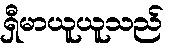
ရှီမာယူယူသည်